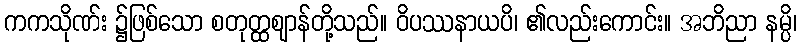
ကကသိုဏ်း ၌ဖြစ်သော စတုတ္ထဈာန်တို့သည်။ ဝိပဿနာယပိ၊ ၏လည်းကောင်း။ အဘိညာ နမ္ပိ၊